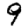
Digit: 9